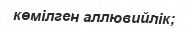
көмілген аллювийлік;